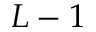
{ L - 1 }